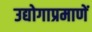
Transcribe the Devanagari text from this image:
उद्योगाप्रमाणें